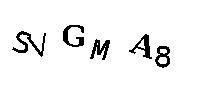
SVGMA8